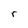
Character: r